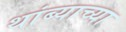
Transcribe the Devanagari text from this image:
थांब्याच्या